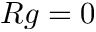
R g = 0